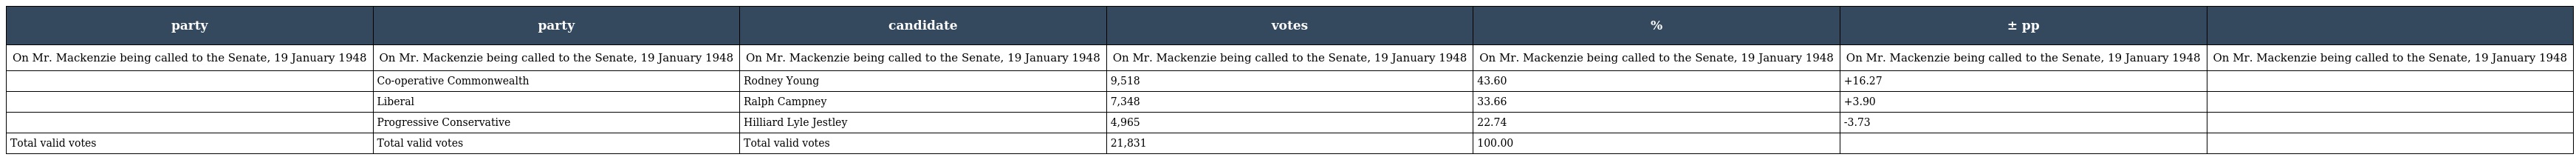
| party | party | candidate | votes | % | ± pp |  |
 | --- | --- | --- | --- | --- | --- | --- |
 | On Mr. Mackenzie being called to the Senate, 19 January 1948 | On Mr. Mackenzie being called to the Senate, 19 January 1948 | On Mr. Mackenzie being called to the Senate, 19 January 1948 | On Mr. Mackenzie being called to the Senate, 19 January 1948 | On Mr. Mackenzie being called to the Senate, 19 January 1948 | On Mr. Mackenzie being called to the Senate, 19 January 1948 | On Mr. Mackenzie being called to the Senate, 19 January 1948 |
 |  | Co-operative Commonwealth | Rodney Young | 9,518 | 43.60 | +16.27 |  |
 |  | Liberal | Ralph Campney | 7,348 | 33.66 | +3.90 |  |
 |  | Progressive Conservative | Hilliard Lyle Jestley | 4,965 | 22.74 | -3.73 |  |
 | Total valid votes | Total valid votes | Total valid votes | 21,831 | 100.00 |  |  |